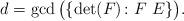
LaTeX: \begin{align*}d=\gcd\big(\{\det(F) \colon F \ E \}\big).\end{align*}